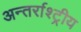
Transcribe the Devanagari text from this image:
अन्तर्राश्ट्रीय